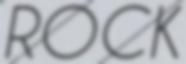
ROCK